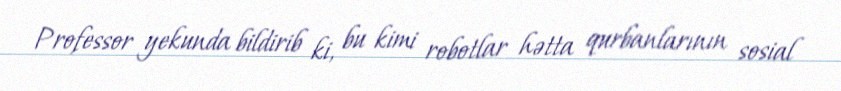
Professor yekunda bildirib ki, bu kimi robotlar hətta qurbanlarının sosial